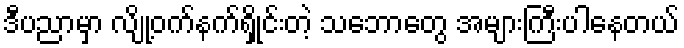
ဒီပညာမှာ လျို့ဝက်နက်ရှိုင်းတဲ့ သဘောတွေ အများကြီးပါနေတယ်